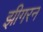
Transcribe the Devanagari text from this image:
झीगरन